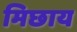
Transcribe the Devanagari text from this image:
मिछाय